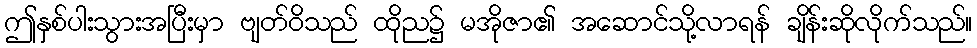
ဤနှစ်ပါးသွားအပြီးမှာ ဗျတ်ဝိသည် ထိုည၌ မအိုဇာ၏ အဆောင်သို့လာရန် ချိန်းဆိုလိုက်သည်။